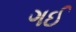
ગઈ